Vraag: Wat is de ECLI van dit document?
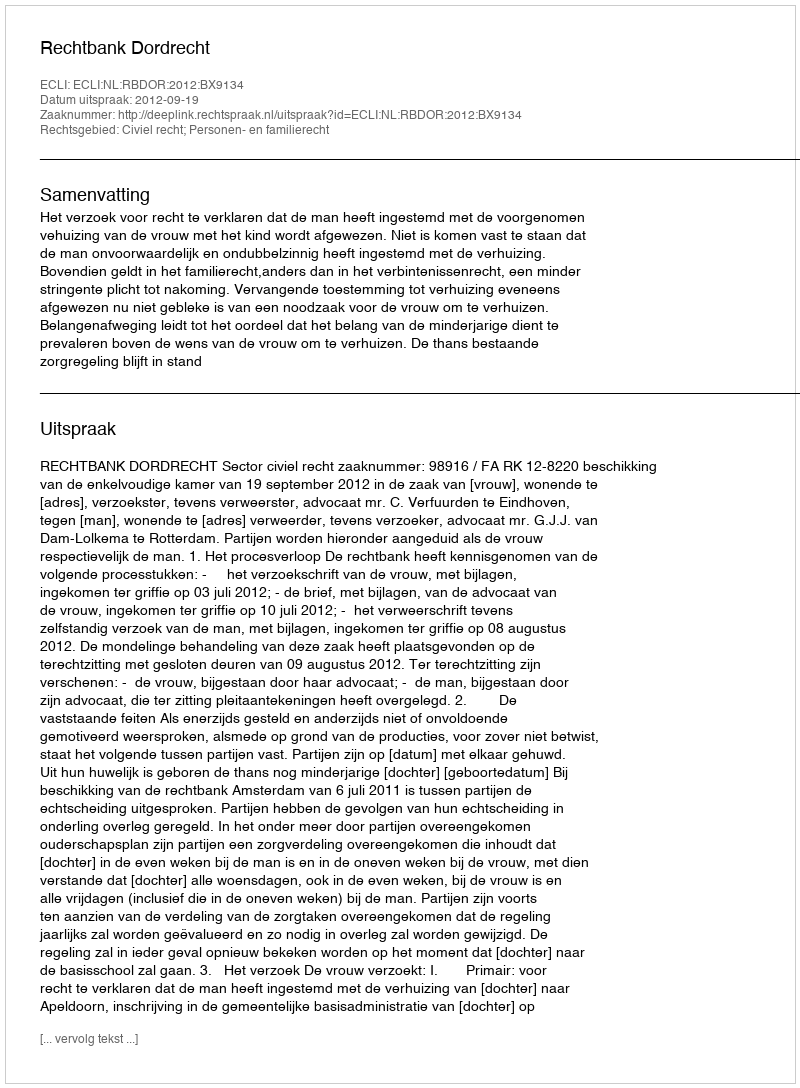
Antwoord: ECLI:NL:RBDOR:2012:BX9134